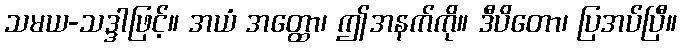
သမယ-သဒ္ဒါဖြင့်။ အယံ အတ္ထော၊ ဤအနက်ကို။ ဒီပိတော၊ ပြအပ်ပြီ။